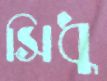
সিধু